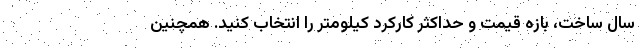
سال ساخت، بازه قیمت و حداکثر کارکرد کیلومتر را انتخاب کنید. همچنین